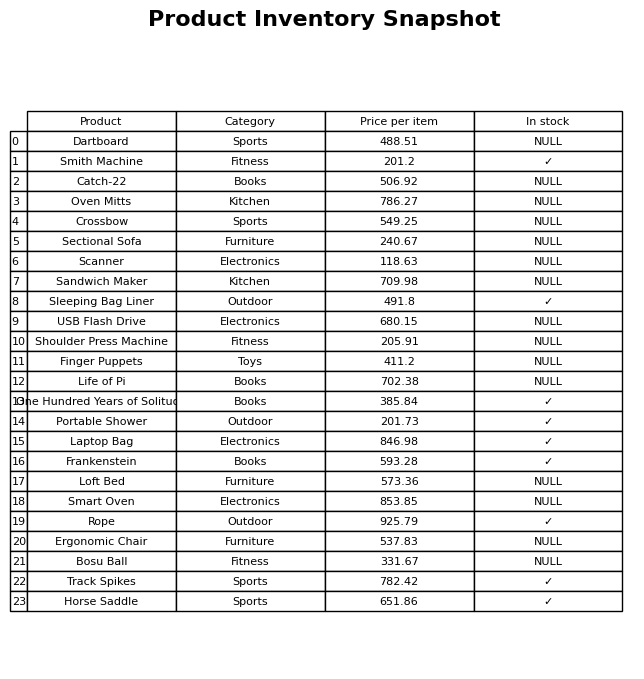
question: What is the price of the Oven Mitts?
answer: The price of Oven Mitts is 786.27.